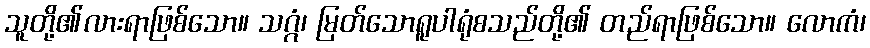
သူတို့၏လားရာဖြစ်သော။ သဂ္ဂံ၊ မြတ်သောရူပါရုံစသည်တို့၏ တည်ရာဖြစ်သော။ လောကံ၊